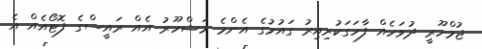
ޖުމްހޫރީ ދުވަހެއް ފާހަގަކުރިއިރު ގައުމުގެ އެންމެ މަޝްހޫރު އެއް ރައީސްގެ ފޮޓޯއެއް އެ